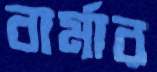
বার্মার